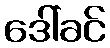
ဒေါ်ခင်